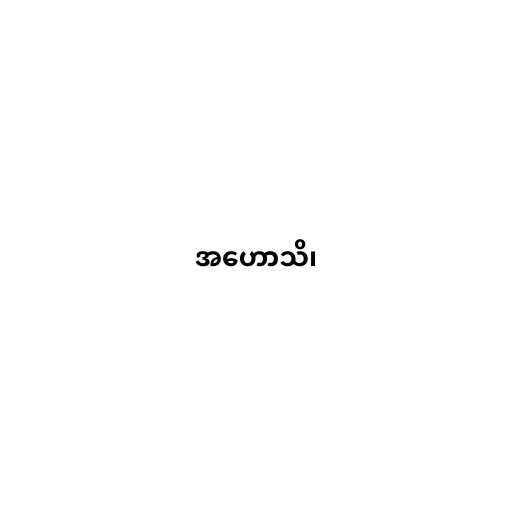
အဟောသိ၊